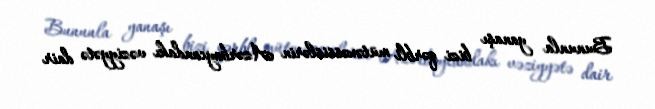
Bununla yanaşı bizi qərbli mütəxəssislərin Azərbaycandakı vəziyyətə dair